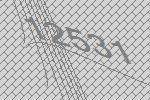
12531